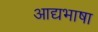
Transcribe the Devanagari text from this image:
आद्यभाषा